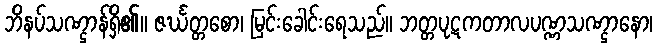
ဘိနပ်သဏ္ဌာန်ရှိ၏။ ဇင်္ဃတ္တစော၊ မြင်းခေါင်းရေသည်။ ဘတ္တပုဋကတာလပဏ္ဏသဏ္ဌာနော၊